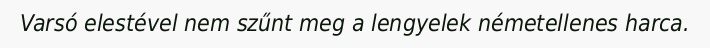
Varsó elestével nem szűnt meg a lengyelek németellenes harca.